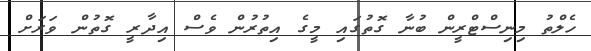
ހެލްތު މިނިސްޓްރީން ބުނާ ގޮތުގައި މީގެ އިތުރުން ވެސް އިދާރީ ގޮތުން ވަރަށް